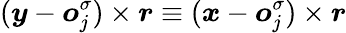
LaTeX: (\boldsymbol{y}-\boldsymbol{o}_{j}^{\sigma})\times\boldsymbol{r}\equiv(\boldsymbol{\mathit{x}}-\boldsymbol{o}_{j}^{\sigma})\times\boldsymbol{r}